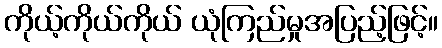
ကိုယ့်ကိုယ်ကိုယ် ယုံကြည်မှုအပြည့်ဖြင့်။